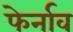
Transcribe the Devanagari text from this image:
फेर्नाव